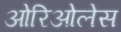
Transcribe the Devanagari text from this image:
ओरिओलेस